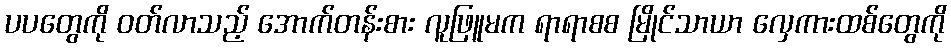
ပပတွေကို ဝတ်လာသည့် အောက်တန်းစား လူဖြူမက ရာရာစစ မြိုင်သာယာ လှေကားထစ်တွေကို